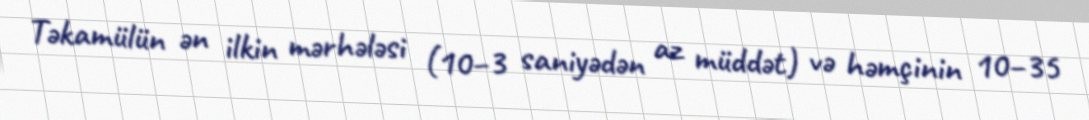
Təkamülün ən ilkin mərhələsi (10–3 saniyədən az müddət) və həmçinin 10–35